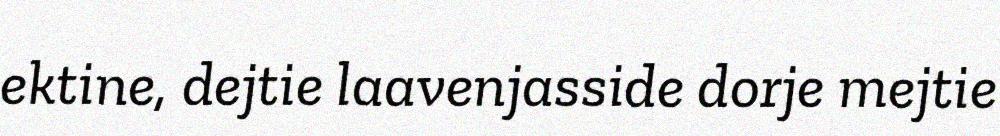
ektine, dejtie laavenjasside dorje mejtie